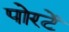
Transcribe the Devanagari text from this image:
पोरटें